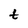
Character: t